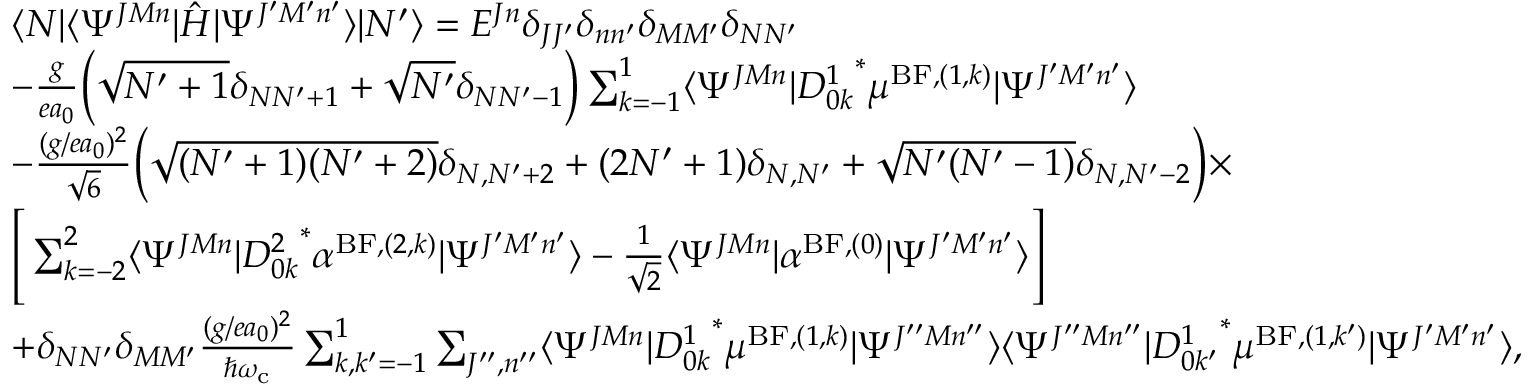
\begin{array} { r l r } & { \langle N \vert \langle \Psi ^ { J M n } \vert \hat { H } \vert \Psi ^ { J ^ { \prime } M ^ { \prime } n ^ { \prime } } \rangle \vert N ^ { \prime } \rangle = E ^ { J n } \delta _ { J J ^ { \prime } } \delta _ { n n ^ { \prime } } \delta _ { M M ^ { \prime } } \delta _ { N N ^ { \prime } } } & \\ & { - \frac { g } { e a _ { 0 } } \Big ( \sqrt { N ^ { \prime } + 1 } \delta _ { N N ^ { \prime } + 1 } + \sqrt { N ^ { \prime } } \delta _ { N N ^ { \prime } - 1 } \Big ) \sum _ { k = - 1 } ^ { 1 } \langle \Psi ^ { J M n } \vert { D _ { 0 k } ^ { 1 } } ^ { * } \mu ^ { \mathrm { B F } , ( 1 , k ) } \vert \Psi ^ { J ^ { \prime } M ^ { \prime } n ^ { \prime } } \rangle } \\ & { - \frac { ( g / e a _ { 0 } ) ^ { 2 } } { \sqrt { 6 } } \Big ( \sqrt { ( N ^ { \prime } + 1 ) ( N ^ { \prime } + 2 ) } \delta _ { N , N ^ { \prime } + 2 } + ( 2 N ^ { \prime } + 1 ) \delta _ { N , N ^ { \prime } } + \sqrt { N ^ { \prime } ( N ^ { \prime } - 1 ) } \delta _ { N , N ^ { \prime } - 2 } \Big ) \times } \\ & { \Bigg [ \sum _ { k = - 2 } ^ { 2 } \langle \Psi ^ { J M n } \vert { D _ { 0 k } ^ { 2 } } ^ { * } \alpha ^ { \mathrm { B F } , ( 2 , k ) } \vert \Psi ^ { J ^ { \prime } M ^ { \prime } n ^ { \prime } } \rangle - \frac { 1 } { \sqrt { 2 } } \langle \Psi ^ { J M n } \vert \alpha ^ { \mathrm { B F } , ( 0 ) } \vert \Psi ^ { J ^ { \prime } M ^ { \prime } n ^ { \prime } } \rangle \Bigg ] } \\ & { + \delta _ { N N ^ { \prime } } \delta _ { M M ^ { \prime } } \frac { ( g / e a _ { 0 } ) ^ { 2 } } { \hbar \omega _ { \mathrm { c } } } \sum _ { k , k ^ { \prime } = - 1 } ^ { 1 } \sum _ { J ^ { \prime \prime } , n ^ { \prime \prime } } \langle \Psi ^ { J M n } \vert { D _ { 0 k } ^ { 1 } } ^ { * } \mu ^ { \mathrm { B F } , ( 1 , k ) } \vert \Psi ^ { J ^ { \prime \prime } M n ^ { \prime \prime } } \rangle \langle \Psi ^ { J ^ { \prime \prime } M n ^ { \prime \prime } } \vert { D _ { 0 k ^ { \prime } } ^ { 1 } } ^ { * } \mu ^ { \mathrm { B F } , ( 1 , k ^ { \prime } ) } \vert \Psi ^ { J ^ { \prime } M ^ { \prime } n ^ { \prime } } \rangle , } \end{array}